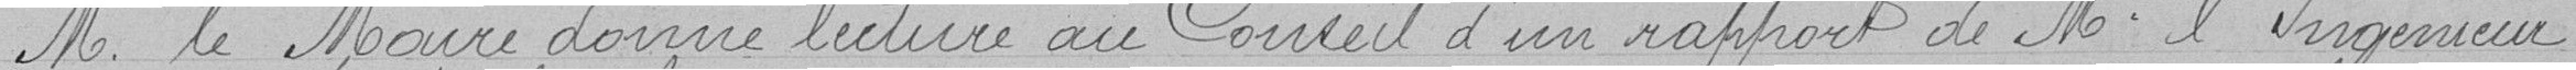
Monsieur le Maire donne lecture au Conseil d'un rapport de Monsieur l'Ingénieur